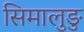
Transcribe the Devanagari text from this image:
सिमालुङु